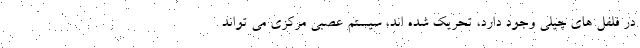
در فلفل های چیلی وجود دارد، تحریک شده اند، سیستم عصبی مرکزی می تواند